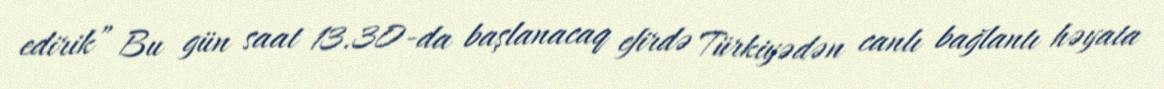
edirik” Bu gün saat 13.30-da başlanacaq efirdə Türkiyədən canlı bağlantı həyata